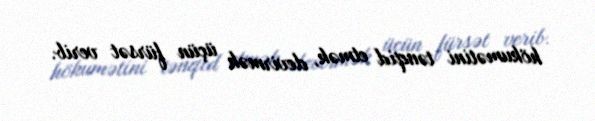
hökumətini tənqid etmək, devirmək üçün fürsət verib.